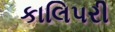
કાલિપરી